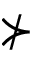
\nsucc